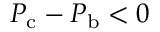
P _ { \mathrm { c } } - P _ { \mathrm { b } } < 0